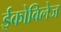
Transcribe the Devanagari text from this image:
ईकोविलेज